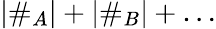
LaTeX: |\# _{A}|+|\# _{B}|+\ldots